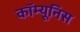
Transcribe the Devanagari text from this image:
कॉम्यूनिस